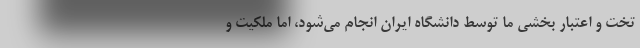
تخت و اعتبار بخشی ما توسط دانشگاه ایران انجام می‌شود، اما ملکیت و